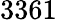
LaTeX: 3361